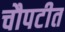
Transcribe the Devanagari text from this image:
चौपटीत